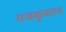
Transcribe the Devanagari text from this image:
राजकुमारन